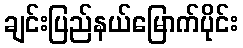
ချင်းပြည်နယ်မြောက်ပိုင်း